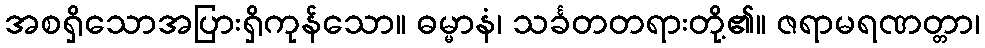
အစရှိသောအပြားရှိကုန်သော။ ဓမ္မာနံ၊ သင်္ခတတရားတို့၏။ ဇရာမရဏတ္တာ၊